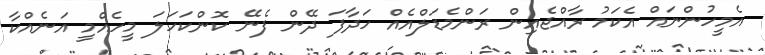
އެމީހުންނައް އެކަމު ރާއްޖެއިން ރަންމެޑަލްއެއް ހަދާފަ ދޭން ފެނޭ ކޮންކަހަލަ މީހެއްމީ އަނެއްކާ